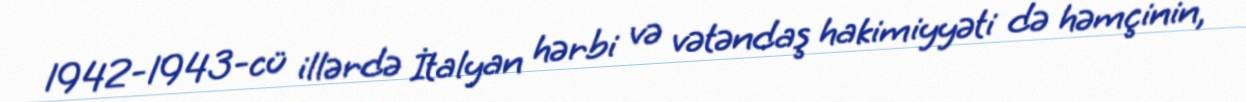
1942-1943-cü illərdə İtalyan hərbi və vətəndaş hakimiyyəti də həmçinin,